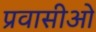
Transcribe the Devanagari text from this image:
प्रवासीओ